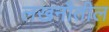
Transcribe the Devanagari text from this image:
लखनौतील